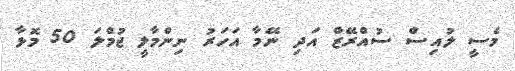
މެސީ ލުއިސް ސުއްރޭޒް އަދި ނޭމާ އަހަރު ނިންމާލީ ޖުމްލަ 50 މޮޅާ